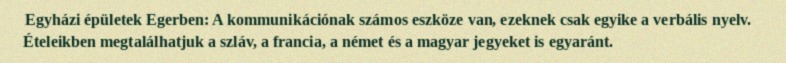
Egyházi épületek Egerben: A kommunikációnak számos eszköze van, ezeknek csak egyike a verbális nyelv. Ételeikben megtalálhatjuk a szláv, a francia, a német és a magyar jegyeket is egyaránt.